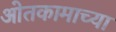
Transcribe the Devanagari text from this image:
ओतकामाच्या